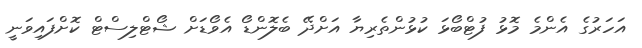
އަހަރުގެ އެންމެ މޮޅު ފުޓްބޯޅަ ކުޅުންތެރިޔާ އަށްދޭ ބެލޮންޑޯ އެވޯޑަށް ޝޯޓްލިސްޓް ކޮށްފައިވަނީ